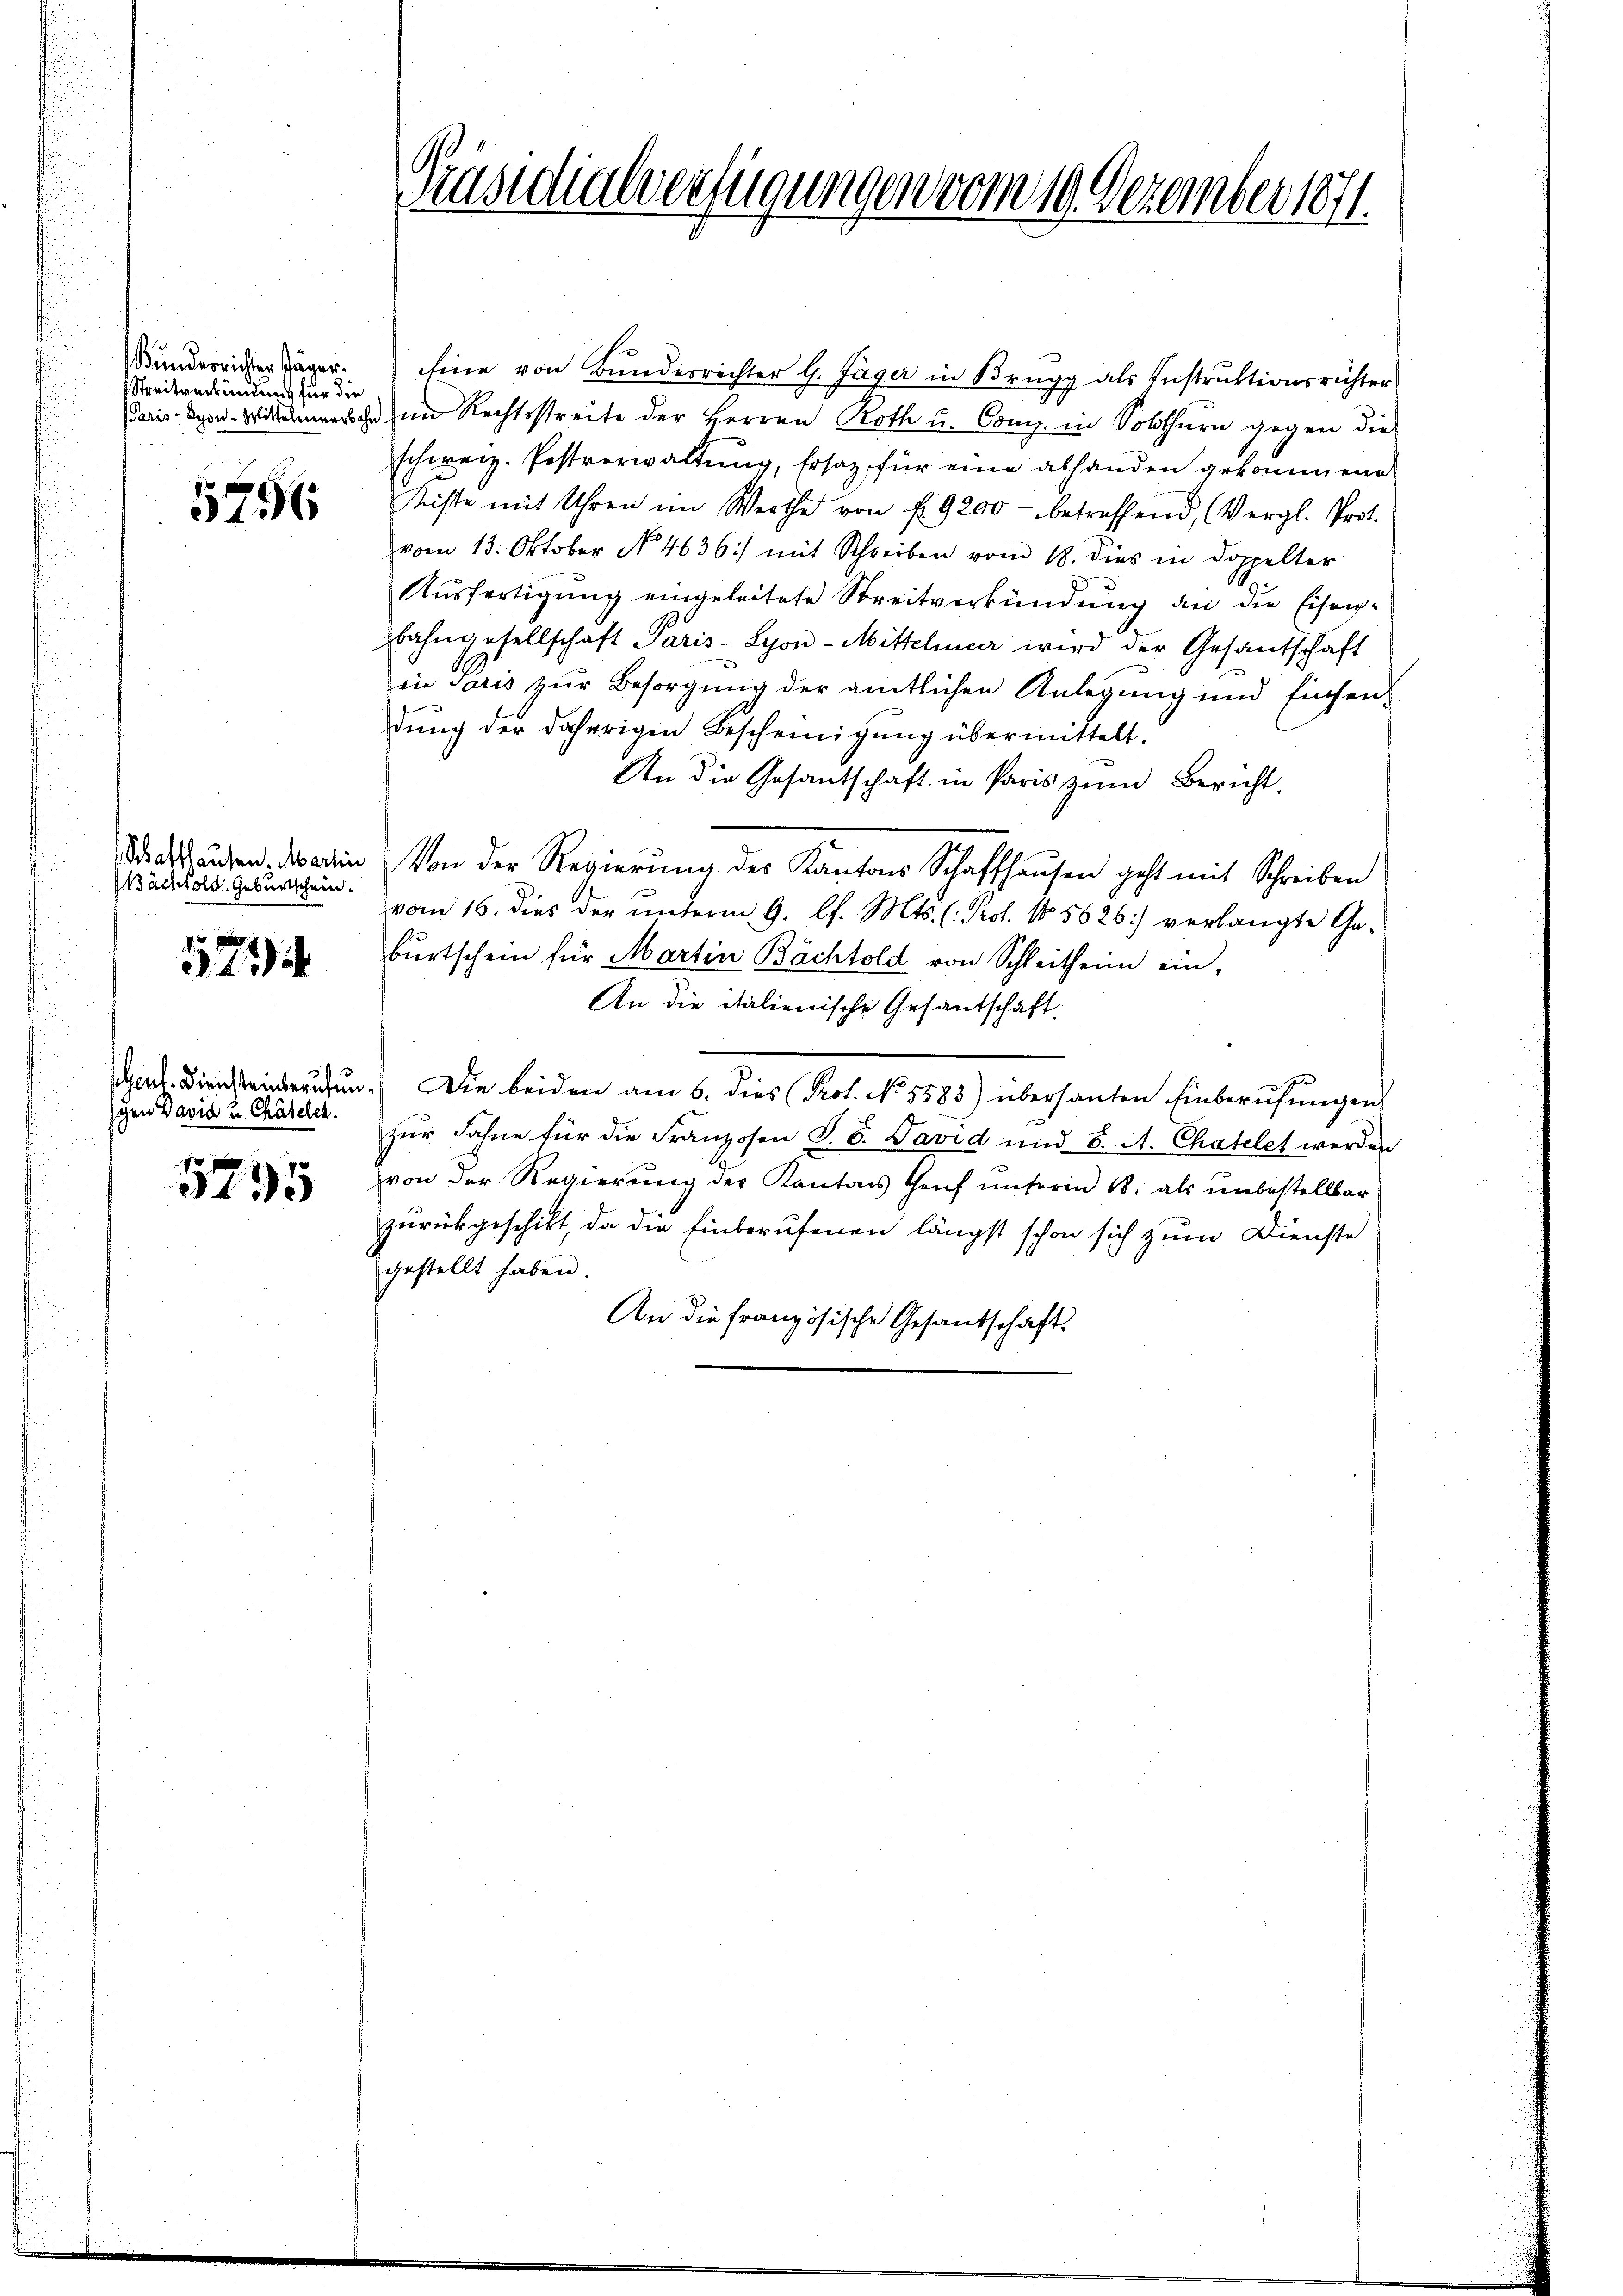
Kunderrichter Jäger.
Streitverkündung für die

5756

Schaffhausen. Martin
Bächtold. Geburtschein.

574

schen David u Chätelch.

5795

Präsidialverfügungen vom 19. Dezember 1871.

Eine von Bundesrichter G. Jäger in Brugg als Instruktionsrichter
Paris Agen-Wiche im Rechtsstreite der Herren Roth u. Comp. in Solothurn gegen die
schweiz. Postverwaltung, Ersatz für eine abhanden gekommene
Kiste mit Uhren im Werthe von f. 9200 - betreffend, (Vergl. Prot.
vom 13. Oktober N. 4636) mit Schreiben vom 18. dies in doppelter
Ausfertigung eingeleitete Streitverkündung an die Eiseng¬
Bahngesellschaft Paris-Syon-Mittelmer wird der Gesantschaft
eie Paris zur Besorgung der amtlichen Anlegung und Einsendŭng der daherigen Bescheinigŭng übermittelt.
An die Gesantschaft in Paris zum Bericht,
Von der Regierung des Kantons Schaffhausen geht mit Schreiben
vom 16. dies der ŭnterm 9. l. Mts. (Prof. No. 5626) verlangte Ge-
bŭrtschein für Martin Bächtold von Schleitheim ein-
An die italienische Gesantschaft.
F
Gen. Diensteinberufen. Die beiden am 6. dies Prof. No. 5583) übersanten Einberufungen
zŭr Fahne für die Franzosen S. 6. David und 6. A. Chatelet werden
von der Regierung des Kantons Genf unseren B. als unbestellbar
zurückgeschikt, da die Einberufenen längst schon sich zum Dienste
gestellt haben.
An die französische Gesandschaft.